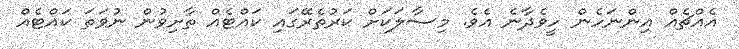
އެއްޗެއް އިންނަހެން ހީވެދާނެ އެވެ. މިސާލަކަށް ކަރުތެރޭގައި ކައްޓެއް ތާށިވުން ނުވަތަ ކައްޓެއް